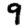
Digit: 9